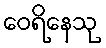
ဝေရိနေသု